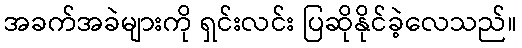
အခက်အခဲများကို ရှင်းလင်း ပြဆိုနိုင်ခဲ့လေသည်။